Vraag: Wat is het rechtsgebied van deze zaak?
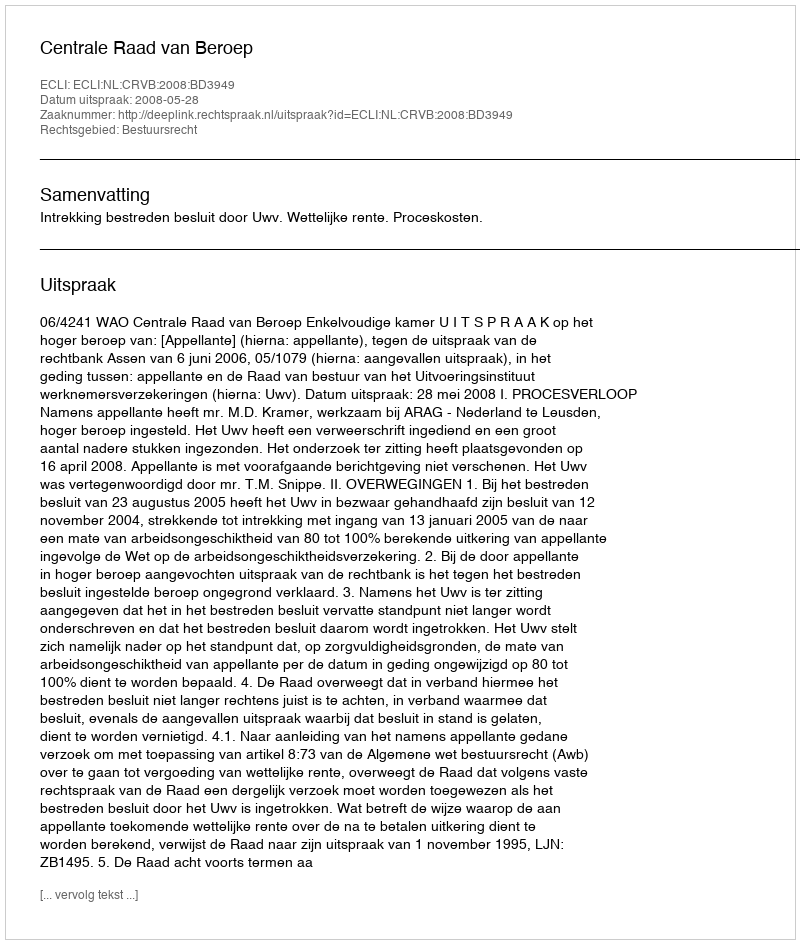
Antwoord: Bestuursrecht